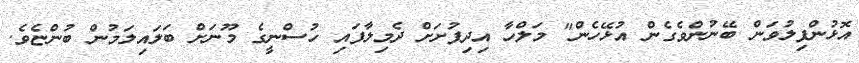
އޮޅުންފިލުވަން ބޭނުންވެގެން އުޅޭހެން" މަލްހާ އިދިފުށަށް ދެމިލާފައި ހުސްނީގެ މޫނަށް ބަލައިލަމުން ބުންޏެވެ.